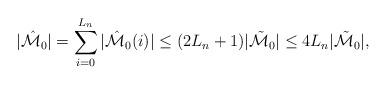
LaTeX: \begin{align*}|\hat{{\cal M}}_0| = \sum_{i=0}^{L_n} |\hat{{\cal M}}_0(i)| \le (2L_n + 1) |\tilde{{\cal M}}_0| \le 4 L_n |\tilde{{\cal M}}_0|,\end{align*}